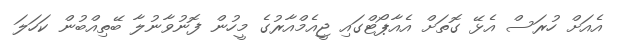
އެއަށް ހުރަސް އެޅޭ ގޮތަށް އެއާޕޯޓްގައި ޖީއެމްއާރުގެ މީހުން ފޮނުވާނުލާ ބޭތިއްބުން ކަހަލަ